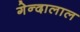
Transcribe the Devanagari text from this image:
गेन्दालाल